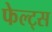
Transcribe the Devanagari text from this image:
फेल्ट्स